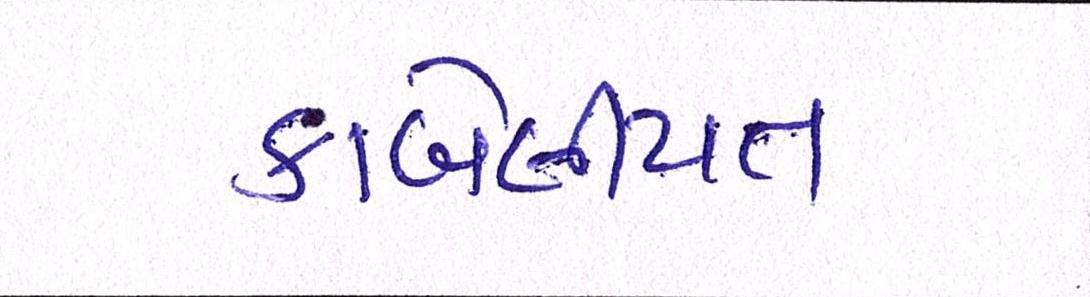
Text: કાબેલીયત